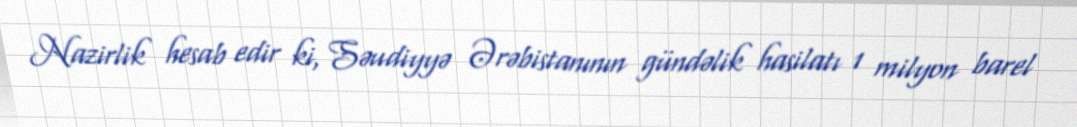
Nazirlik hesab edir ki, Səudiyyə Ərəbistanının gündəlik hasilatı 1 milyon barel